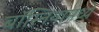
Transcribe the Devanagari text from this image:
बॉस्नियामध्ये